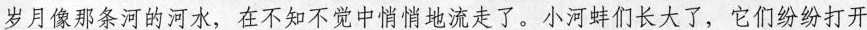
岁月像那条河的河水，在不知不觉中悄悄地流走了。小河蚌们长大了，它们纷纷打开